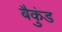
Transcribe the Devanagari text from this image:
बैकुंड